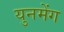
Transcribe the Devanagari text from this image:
युनमेंग